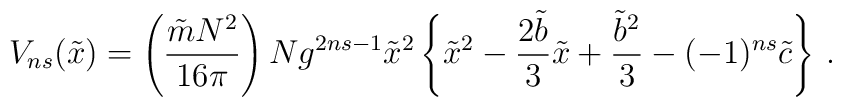
V_{ns}({\tilde x})= \left(\frac{{\tilde m}N^2}{16\pi}\right)N g^{2ns-1}{\tilde x}^2 \left\{{\tilde x}^2 -\frac{2{\tilde b}}{3}{\tilde x}+\frac{{\tilde b}^2}{3} -(-1)^{ns}{\tilde c}\right\} \,.